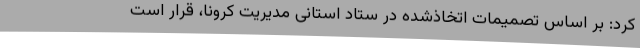
کرد: بر اساس تصمیمات اتخاذشده در ستاد استانی مدیریت کرونا، قرار است